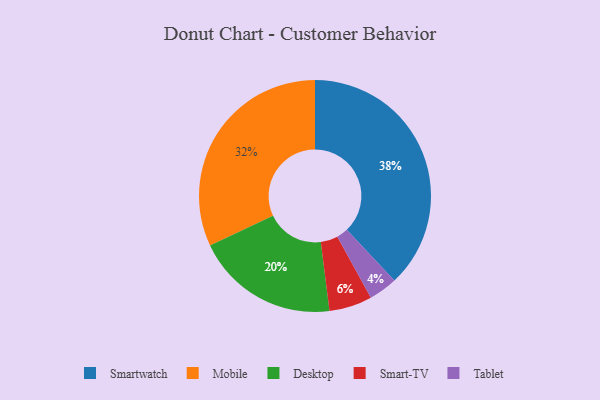
{"axis": {"x": "Category", "y": "Percentage"}, "legend": ["Desktop", "Mobile", "Smart-TV", "Smartwatch", "Tablet"], "data": [{"x": "Mobile", "y": 32, "type": "Mobile"}, {"x": "Tablet", "y": 4, "type": "Tablet"}, {"x": "Smart-TV", "y": 6, "type": "Smart-TV"}, {"x": "Desktop", "y": 20, "type": "Desktop"}, {"x": "Smartwatch", "y": 38, "type": "Smartwatch"}]}